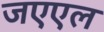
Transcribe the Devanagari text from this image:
जएएल